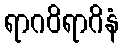
ရာဂဝိရာဂိနံ